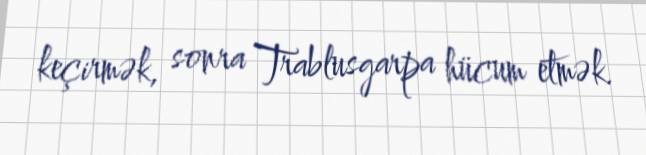
keçirmək, sonra Trablusgarpa hücum etmək.